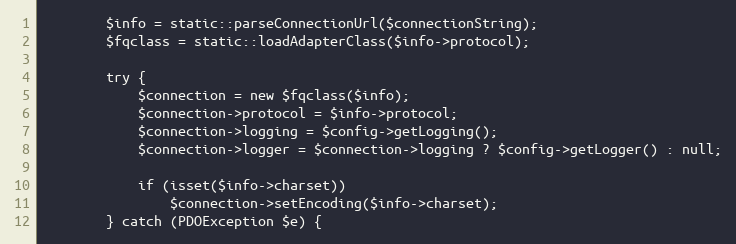
Language: PHP
		$info = static::parseConnectionUrl($connectionString);
		$fqclass = static::loadAdapterClass($info->protocol);

		try {
			$connection = new $fqclass($info);
			$connection->protocol = $info->protocol;
			$connection->logging = $config->getLogging();
			$connection->logger = $connection->logging ? $config->getLogger() : null;

			if (isset($info->charset))
				$connection->setEncoding($info->charset);
		} catch (PDOException $e) {